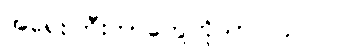
အရေးကြီးတာတွေကိုသာ လုပ်ပါ။